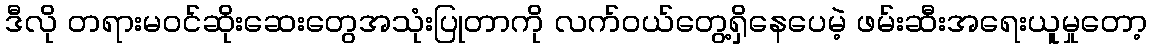
ဒီလို တရားမဝင်ဆိုးဆေးတွေအသုံးပြုတာကို လက်ဝယ်တွေ့ရှိနေပေမဲ့ ဖမ်းဆီးအရေးယူမှုတော့